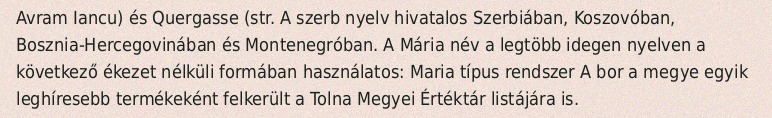
Avram Iancu) és Quergasse (str. A szerb nyelv hivatalos Szerbiában, Koszovóban, Bosznia-Hercegovinában és Montenegróban. A Mária név a legtöbb idegen nyelven a következő ékezet nélküli formában használatos: Maria típus rendszer A bor a megye egyik leghíresebb termékeként felkerült a Tolna Megyei Értéktár listájára is.